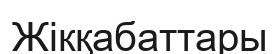
Жікқабаттары